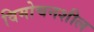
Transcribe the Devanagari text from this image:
विमोचनशील